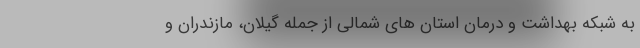
به شبکه بهداشت و درمان استان های شمالی از جمله گیلان، مازندران و